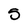
Character: 5